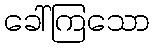
ခေါ်ကြသော